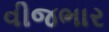
વીજભાર